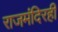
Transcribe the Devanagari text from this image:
राजमंदिरही